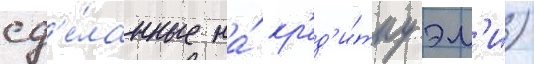
сд'е́ланные на́ кр'ед'и́тку эм'и)